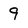
Character: 9